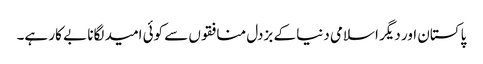
پاکستان اور دیگر اسلامی دنیا کے بزدل منافقوں سے کوئی امید لگانا بے کار ہے۔